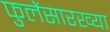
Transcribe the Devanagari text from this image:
फुलेंसारख्या